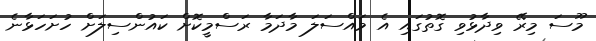
މޫސަ މިރޭ ވިދާޅުވި ގޮތުގައި އެ މައްސަލަ މާދަމާ ރަސްމީކޮށް ކައުންސިލަށް ހުށަހަޅާނެ